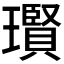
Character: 𱯼